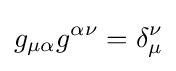
g_{\mu \alpha }g^{\alpha \nu }=\delta _{\mu }^{\nu }